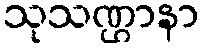
သုသဏ္ဌာနာ